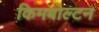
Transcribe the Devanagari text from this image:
किमबोल्टन